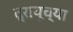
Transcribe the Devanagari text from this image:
द्रायूच्या